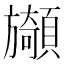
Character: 䫯